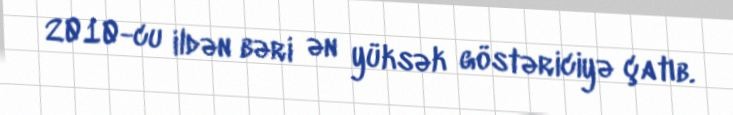
2010-cu ildən bəri ən yüksək göstəriciyə çatıb.